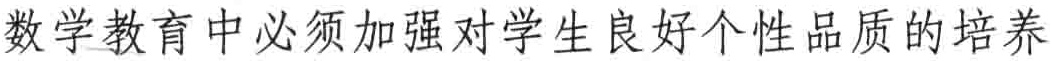
数学教育中必须加强对学生良好个性品质的培养